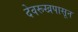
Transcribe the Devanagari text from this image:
देवरूखपासून